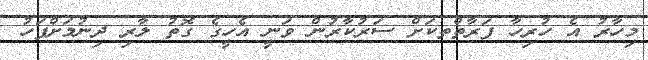
މިހާރު އެ ހުރިހާ ފަރާތްތކަށް ސަރުކާރުން ވަނީ އެހީގެ ގޮތު ލާރި ދިނުމަށްފަހު